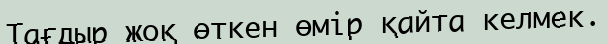
Тағдыр жоқ өткен өмір қайта келмек.